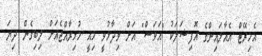
އެމިރޭޓް އެއާލައިންގެ އޮފިޝަލަކު "އަވަސް" އަށް ވިދާޅުވީ މިއީ މުޅިރާއްޖެއަށް ލިބިގެން ދިޔަ